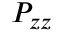
P _ { z z }